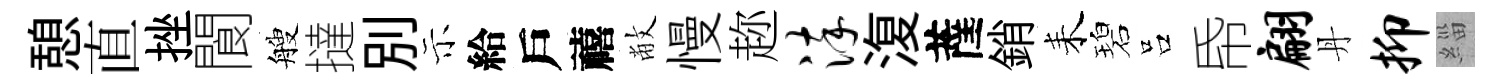
憩直挫閬艘撻别示給戶禧敝慢趂淬𣸪薩銷耒碧吕帋翩丹抑緇